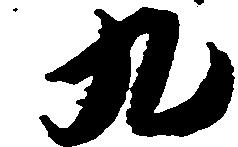
九